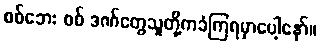
စစ်ဘေး စစ် ဒဏ်တွေသူတို့ကခံကြရမှာပေါ့နော်။